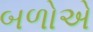
બળોએ